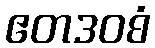
ဧတဒဝစံ